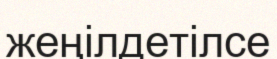
жеңілдетілсе